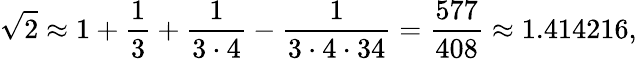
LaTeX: {\sqrt{2}}\approx 1+{\frac{1}{3}}+{\frac{1}{3\cdot 4}}-{\frac{1}{3\cdot 4\cdot 34}}={\frac{577}{408}}\approx 1.414216,